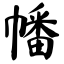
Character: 幡